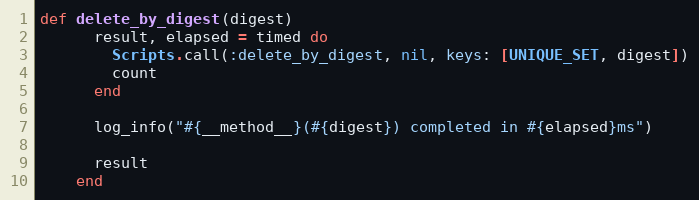
Language: Ruby
def delete_by_digest(digest)
      result, elapsed = timed do
        Scripts.call(:delete_by_digest, nil, keys: [UNIQUE_SET, digest])
        count
      end

      log_info("#{__method__}(#{digest}) completed in #{elapsed}ms")

      result
    end